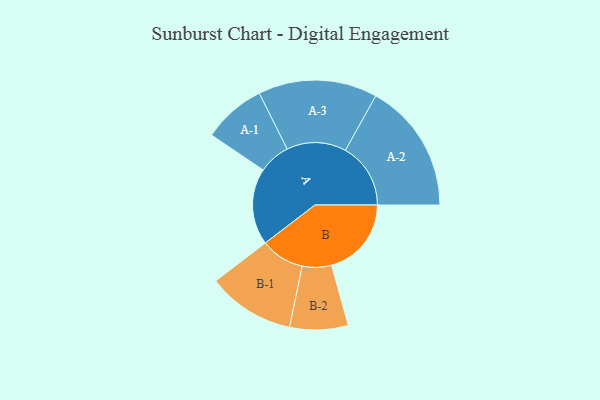
{"axis": {"x": "Segment", "y": "Value"}, "legend": ["", "A", "B"], "data": [{"x": "A", "y": 320, "type": ""}, {"x": "B", "y": 334, "type": ""}, {"x": "A-1", "y": 132, "type": "A"}, {"x": "A-2", "y": 273, "type": "A"}, {"x": "A-3", "y": 249, "type": "A"}, {"x": "B-1", "y": 183, "type": "B"}, {"x": "B-2", "y": 122, "type": "B"}]}